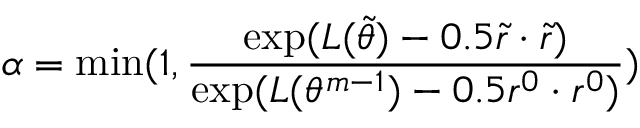
\alpha = \operatorname* { m i n } ( 1 , \frac { \exp ( L ( \Tilde { \theta } ) - 0 . 5 \Tilde { r } \cdot \Tilde { r } ) } { \exp ( L ( \theta ^ { m - 1 } ) - 0 . 5 r ^ { 0 } \cdot r ^ { 0 } ) } )